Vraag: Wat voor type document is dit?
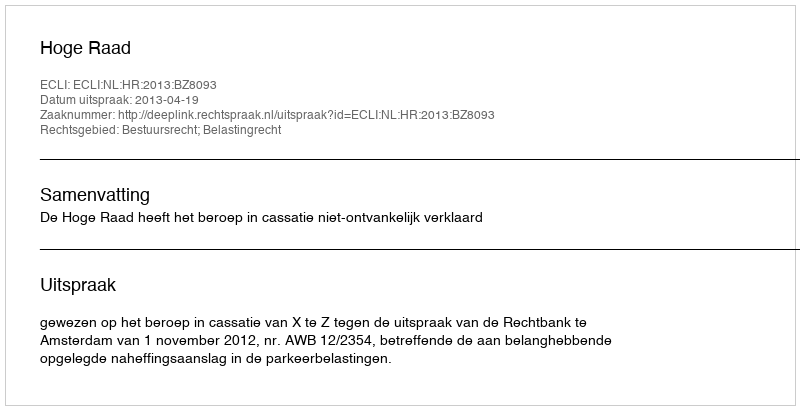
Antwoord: Uitspraak